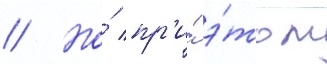
// Но́ пр'и́ э́том